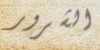
الشرور